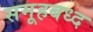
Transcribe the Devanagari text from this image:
समूहबध्द